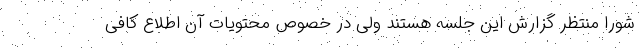
شورا منتظر گزارش این جلسه هستند ولی در خصوص محتویات آن اطلاع کافی